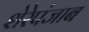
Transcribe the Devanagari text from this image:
शेरेपंजाब